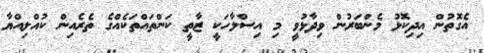
އެގޮތުން އިދިކޮޅު މެންބަރުން ވިދާޅުވީ މި އިސްލާހަކީ ޒާތީ ކަންތައްތަކެއްގެ ތެރެއިން ކުއްލިއްޔާ